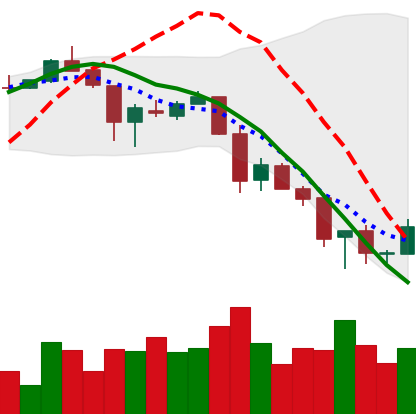
Ticker: XLM-USD
Chart end date: 2018-11-28
Forward return: -7.829%
Label: down_7plus